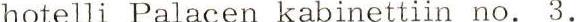
hotelli Palacen kabinettiin no. 3.